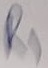
Text: R1